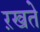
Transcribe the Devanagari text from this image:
ऱखते